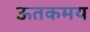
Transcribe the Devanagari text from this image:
ऊतकमय